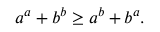
a ^ { a } + b ^ { b } \geq a ^ { b } + b ^ { a } .